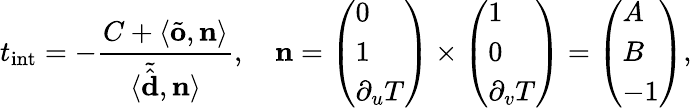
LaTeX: t_{\mathrm{int}}=-\frac{C+\langle\tilde{\mathbf{o}},\mathbf{n}\rangle}{\langle\tilde{\hat{\mathbf{d}}},\mathbf{n}\rangle},\quad\mathbf{n}=\left(\begin{array}{l}{0}\\ {1}\\ {\partial_{u}T}\end{array}\right)\times\left(\begin{array}{l}{1}\\ {0}\\ {\partial_{v}T}\end{array}\right)=\left(\begin{array}{l}{A}\\ {B}\\ {-1}\end{array}\right),